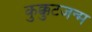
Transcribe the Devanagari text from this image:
कुक्कुटजन्म